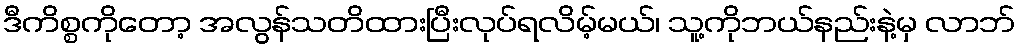
ဒီကိစ္စကိုတော့ အလွန်သတိထားပြီးလုပ်ရလိမ့်မယ်၊ သူ့ကိုဘယ်နည်းနဲ့မှ လာဘ်